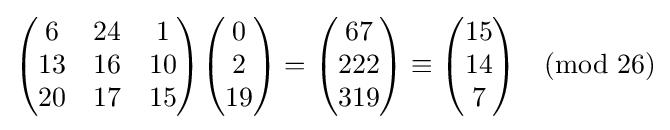
{\begin{pmatrix}6&24&1\\13&16&10\\20&17&15\end{pmatrix}}{\begin{pmatrix}0\\2\\19\end{pmatrix}}={\begin{pmatrix}67\\222\\319\end{pmatrix}}\equiv {\begin{pmatrix}15\\14\\7\end{pmatrix}}{\pmod {26}}